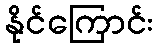
နိုင်ကြောင်း